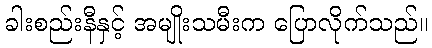
ခါးစည်းနီနှင့် အမျိုးသမီးက ပြောလိုက်သည်။